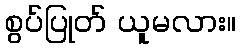
စွပ်ပြုတ် ယူမလား။